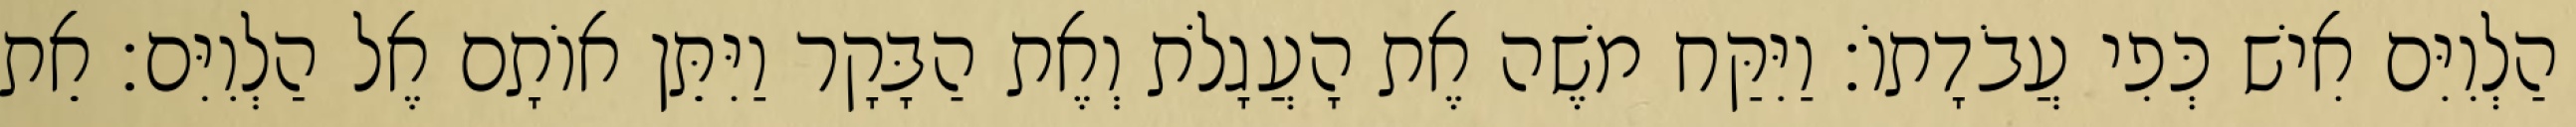
הַלְוִיִּם אִישׁ כְּפִי עֲבֹדָתוֹ׃ וַיִּקַּח משֶׁה אֶת הָעֲגָלֹת וְאֶת הַבָּקָר וַיִּתֵּן אוֹתָם אֶל הַלְוִיִּם׃ אֵת